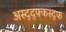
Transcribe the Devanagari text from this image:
अस्द्द्फ्कस्द्फ